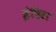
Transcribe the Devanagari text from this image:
इंदिऱा